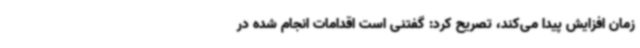
زمان افزایش پیدا می‌کند، تصریح کرد: گفتنی است اقدامات انجام شده در